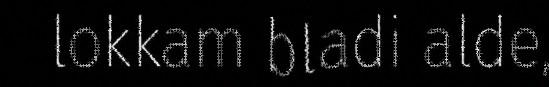
lokkam bladi alde,